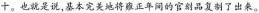
十。也就是说,基本完美地将雍正年间的官制品复制了出来。